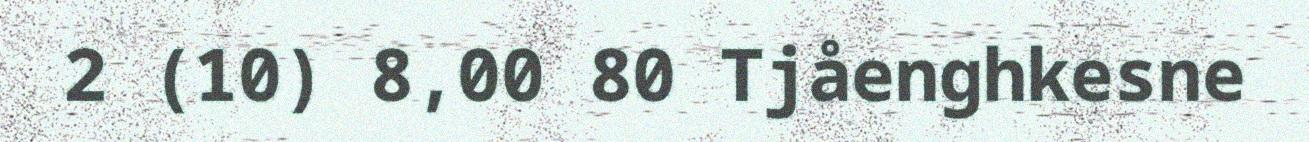
2 (10) 8,00 80 Tjåenghkesne